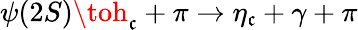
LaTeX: \psi(2S)\toh_{\mathfrak{c}}+\pi\to\eta_{\mathfrak{c}}+\gamma+\pi